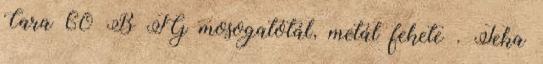
Cara 60 B TG mosogatótál, metál fekete . Teka